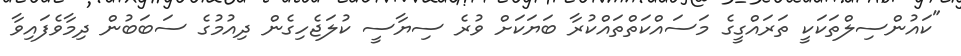
"ކައުންސިލްތަކަކީ ތަރައްގީގެ މަސައްކަތްތައްކުރާ ބަޔަކަށް ވުރެ ސިޔާސީ ކުލަޖެހިގެން ދިއުމުގެ ސަބަބުން ދިމާވެފައިވާ